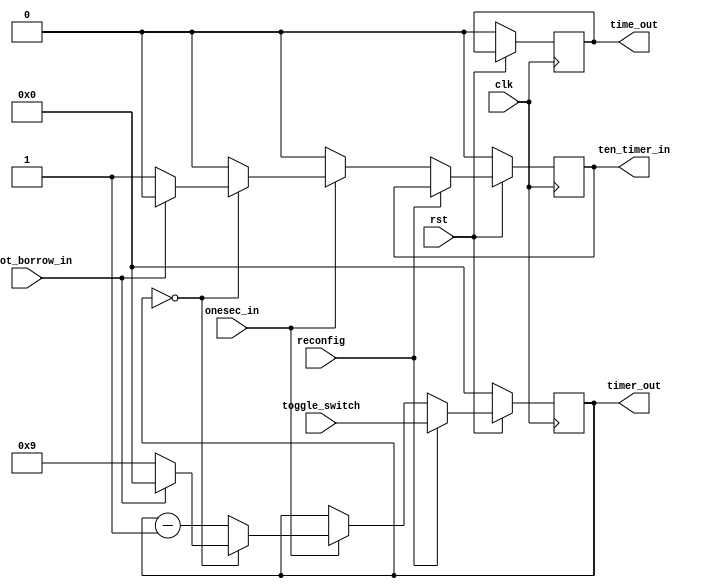
module onesdigit(onesec_in,toggle_switch,timer_out,clk,rst,donot_borrow_in,time_out,reconfig,ten_timer_in);
 
   input[3:0] toggle_switch;
   input clk,rst,onesec_in,donot_borrow_in,reconfig;
 
  output reg[3:0] timer_out ;
  output reg time_out,ten_timer_in;
 


always@(posedge clk) 
  begin
   if(rst==0)
      begin
        timer_out<= 0;
        time_out<= 0;
        ten_timer_in<= 0;
      end
   else
       if(reconfig==1)
          begin
             timer_out<=toggle_switch;
          end
       else
          begin
             if(onesec_in==1)
                begin
                  if(timer_out == 0)
                     begin
                       if(donot_borrow_in == 0)
                          begin
                             timer_out<=4'b1001;
                             ten_timer_in<= 1; 
                          end
                       else 
                          begin
                             timer_out<=4'b0000;
                             ten_timer_in<=0;
									    
                          end
                      end
                    else 
                      begin
                        timer_out<=timer_out-4'b001;
                        ten_timer_in<= 0;
                      end
                end
             else
               begin
                  ten_timer_in<= 0;
                  timer_out<= timer_out ;
					
               end
          end
 end
endmodule